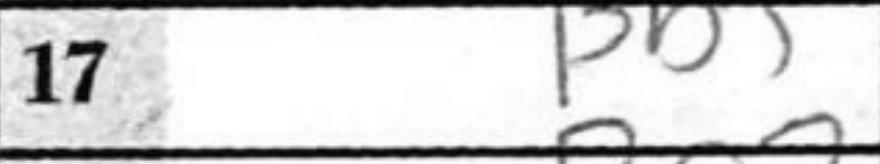
Transcription: Bb5